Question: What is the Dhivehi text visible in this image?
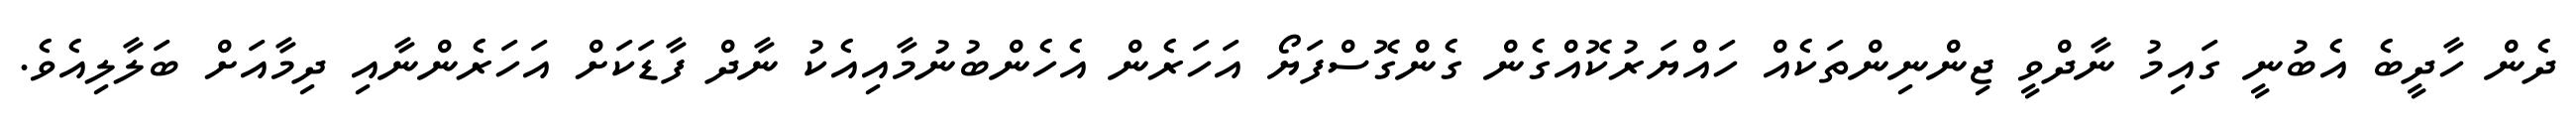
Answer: ދެން ހާދީބެ އެބުނީ ގައިމު ނާދްވީ ޖިންނިންތަކެއް ހައްޔަރުކޮއްގެން ގެންގޮސްފަޔޯ އަހަރެން އެހެންބުނުމާއިއެކު ނާދް ފާޑަކަށް އަހަރެންނާއި ދިމާއަށް ބަލާލިއެވެ.